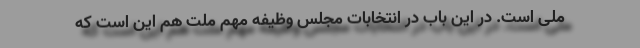
ملی است. در این باب در انتخابات مجلس وظیفه مهم ملت هم این است که